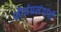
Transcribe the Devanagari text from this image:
शौर्यप्रसंगांची